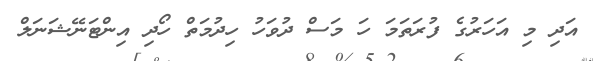
އަދި މި އަހަރުގެ ފުރަތަމަ ހަ މަސް ދުވަހު ހިދުމަތް ހޯދި އިންޓަނޭޝަނަލް